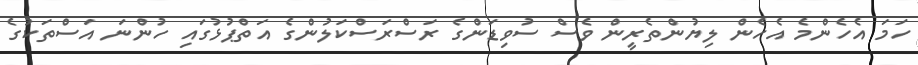
ހަމަ އެހެންމެ އެހެން ލިޔުންތެރީން ވެސް ސުވިޑަންގެ ރަސްރަސްކަލުންގެ އަތްޕުޅުގައި ހުންނަ އަސްތަކުގެ